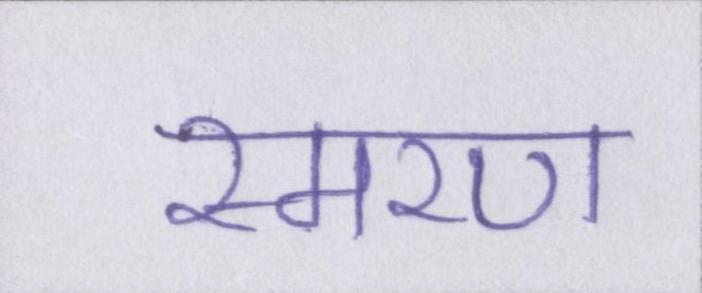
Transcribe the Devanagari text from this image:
स्मरण